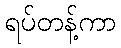
ရပ်တန့်ကာ